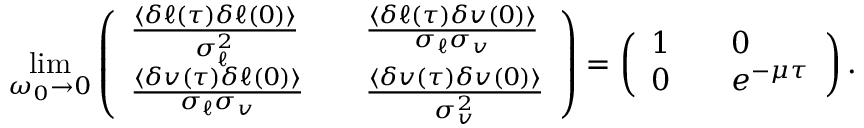
\operatorname* { l i m } _ { \omega _ { 0 } \to 0 } \left( \begin{array} { l l l } { \frac { \langle \delta \ell ( \tau ) \delta \ell ( 0 ) \rangle } { \sigma _ { \ell } ^ { 2 } } } & { } & { \frac { \langle \delta \ell ( \tau ) \delta v ( 0 ) \rangle } { \sigma _ { \ell } \sigma _ { v } } } \\ { \frac { \langle \delta v ( \tau ) \delta \ell ( 0 ) \rangle } { \sigma _ { \ell } \sigma _ { v } } } & { } & { \frac { \langle \delta v ( \tau ) \delta v ( 0 ) \rangle } { \sigma _ { v } ^ { 2 } } } \end{array} \right) = \left( \begin{array} { l l l } { 1 } & { } & { 0 } \\ { 0 } & { } & { e ^ { - \mu \tau } } \end{array} \right) .